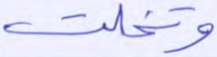
وتخلت